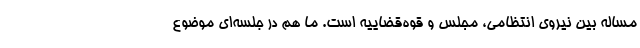
مساله بین نیروی انتظامی، مجلس و قوه‌قضاییه است. ما هم در جلسه‌ای موضوع